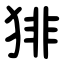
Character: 猅